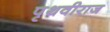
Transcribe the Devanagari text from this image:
पृथवीराज